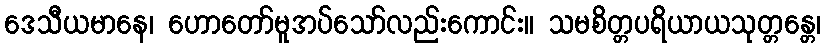
ဒေသီယမာနေ၊ ဟောတော်မူအပ်သော်လည်းကောင်း။ သမစိတ္တပရိယာယသုတ္တန္တေ၊